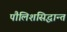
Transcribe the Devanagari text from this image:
पौलिशसिद्धान्त